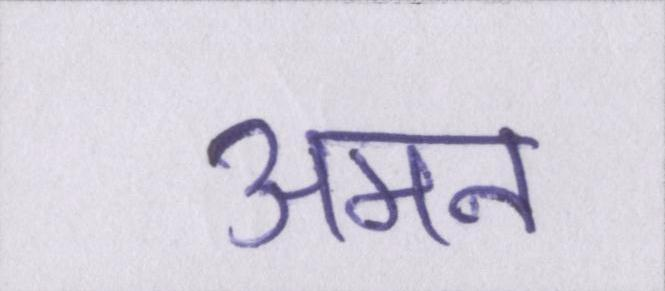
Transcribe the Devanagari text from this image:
अमन